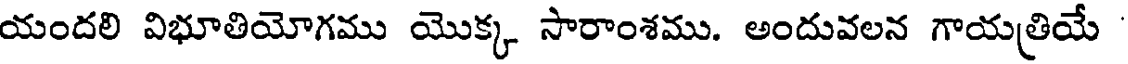
యందలి విభూతియోగము యొక్క సారాంశము. అందువలన గాయత్రియే